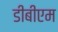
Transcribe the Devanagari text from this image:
डीबीएम